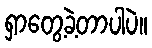
ရှာတွေ့ခဲ့တာပါပဲ။